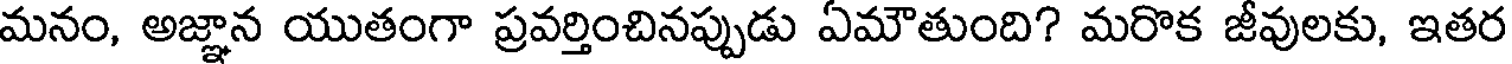
మనం, అజ్ఞాన యుతంగా ప్రవర్తించినప్పుడు ఏమౌతుంది? మరొక జీవులకు, ఇతర